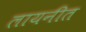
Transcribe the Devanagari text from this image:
लायनीत